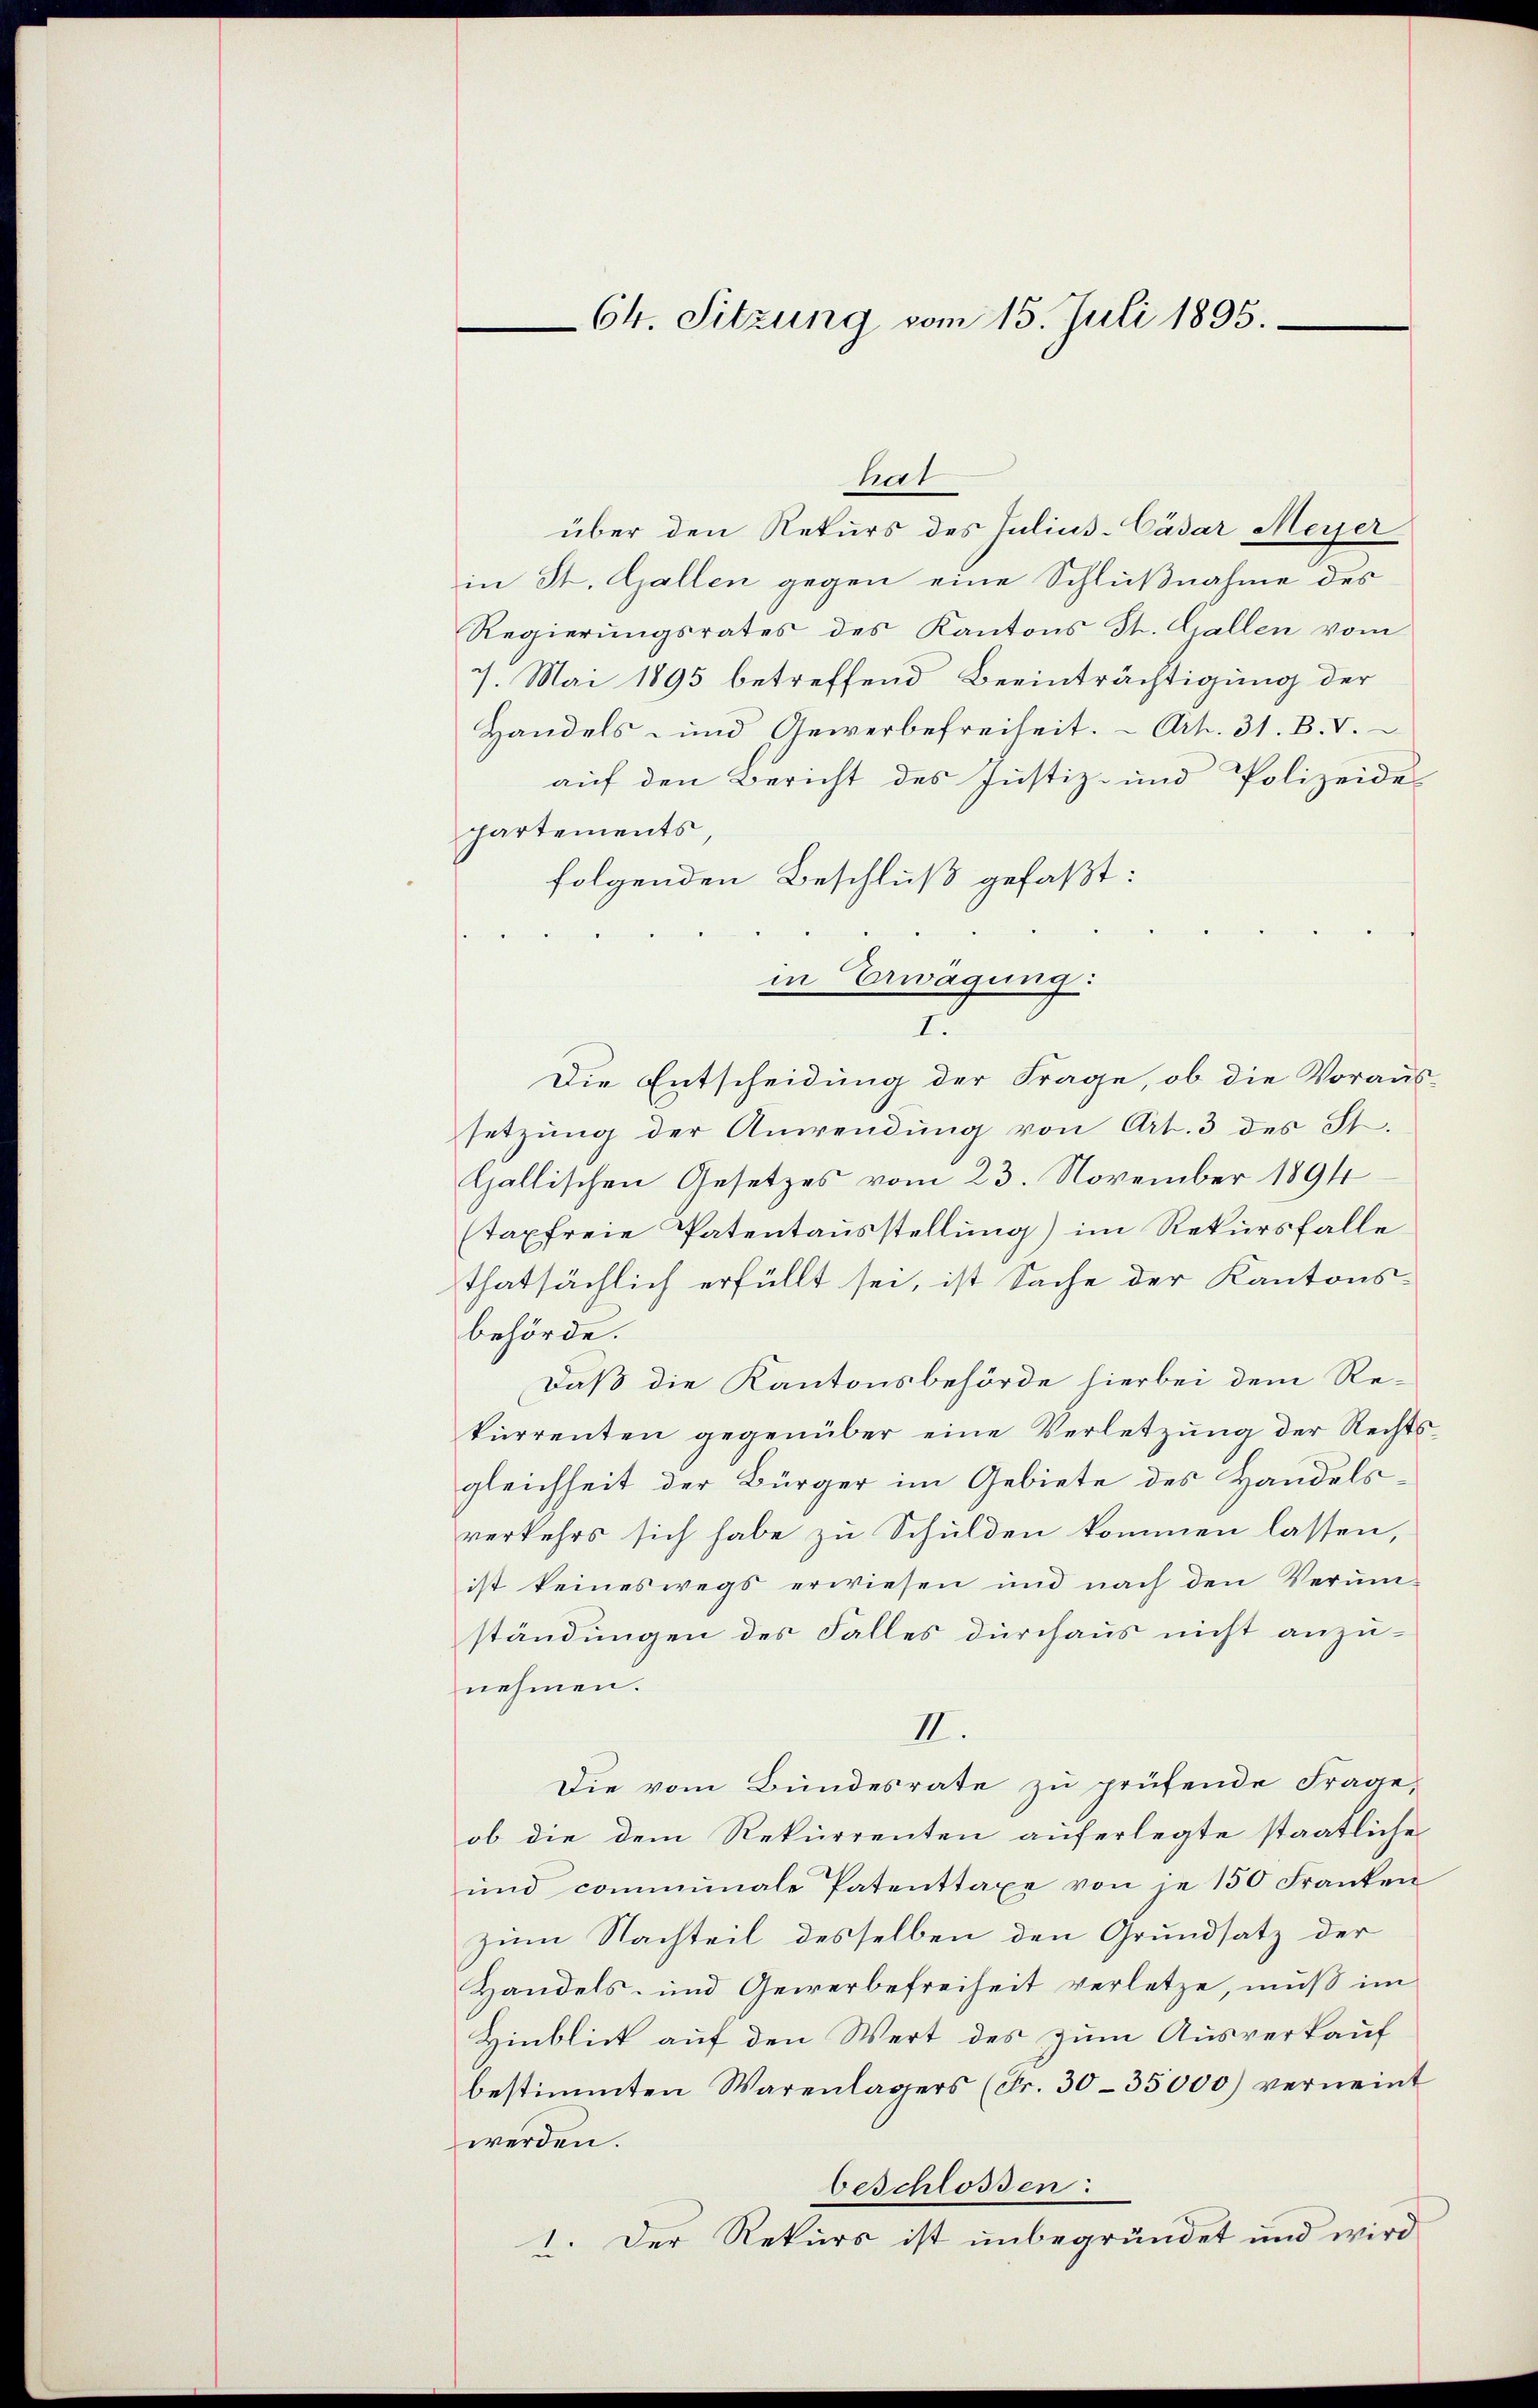
64. Sitzung vom 15. Juli 1895.

hat
über den Rekurs des Julius-Cäsar Meyer
in St. Gallen gegen eine Schlußnahme des
Regierungsrates des Kantons St. Gallen vom
7. Mai 1895 betreffend Beeinträchtigung der
Handels- und Gewerbefreiheit. - Art. 31. B. V.
auf den Bericht des Justiz- und Polizeide
hartements,
folgenden Beschluß gefaßt:
in Erwägung:
I.
Die Entscheidung der Frage, ob die Voraus-
setzung der Anwendung von Art. 3 des St.
Gallischen Gesetzes vom 23. November 1894
(taxfreie Patentausstellung) im Rekursfalle
thatsächlich erfüllt sei, ist Sache der Kantons-
behörde.
Daß die Kantonsbehörde hierbei dem Re-
kurrenten gegenüber eine Verletzung der Rechtsgleichheit der Bürger im Gebiete des Handelsverkehrs sich habe zu Schulden kommen lassen,
ist keineswegs erwiesen und nach den Verŭm-
ständungen des Falles durchaus nicht anzunehmen.
II.
Die vom Bundesrate zu prüfende Frage,
ob die dem Rekurrenten auferlegte staatliche
ŭnd communale Patenttaxe von je 150 Franken
zum Nachteil desselben den Grundsatz der
Handels- und Gewerbefreiheit verletze, muß im
Hinblick auf den Wert des zum Ausverkauf
bestimmten Warenlagers (Fr. 30-35,000) verneint
werden.
beschlossen:
1. Der Rekurs ist unbegründet und wird